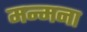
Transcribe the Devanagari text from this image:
मन्मना